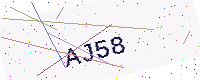
Text: AJ58